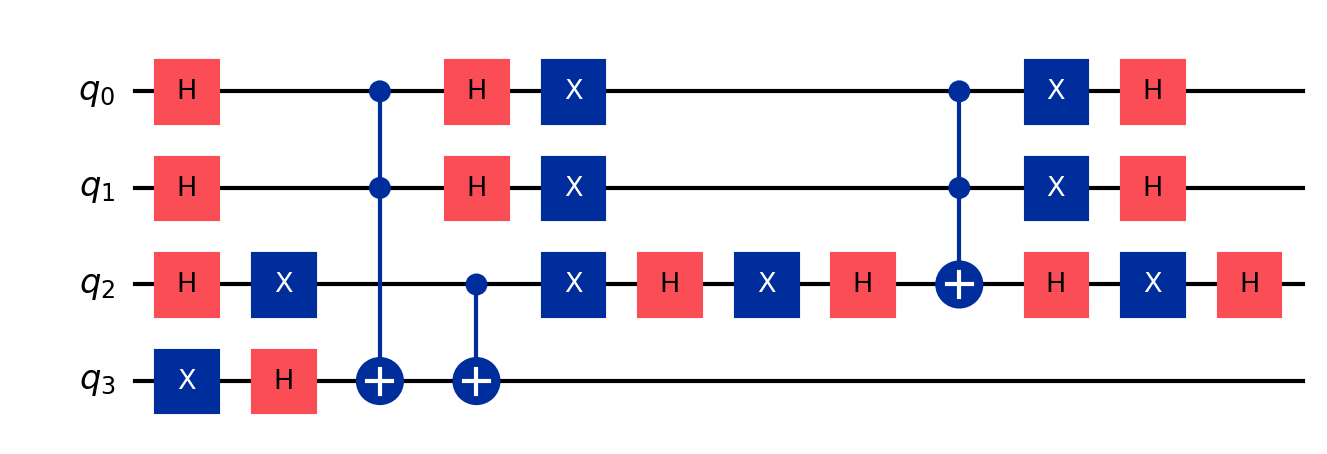
Description: Grover oracle for SHA-256 preimage search
描述: SHA-256前像搜索的Grover oracle
Category: btc_quantum_security (difficulty: advanced)
Qubits: 4, circuit depth: 12
Blockchain relevance: btc_security

Braket implementation:
from braket.circuits import Circuit
circuit = Circuit()
circuit.h(0).h(1).h(2)
circuit.x(3).h(3)
circuit.x(2)
circuit.ccnot(0, 1, 3).cnot(2, 3)
circuit.x(2)
circuit.h(0).h(1).h(2)
circuit.x(0).x(1).x(2)
circuit.h(2).ccnot(0, 1, 2).h(2)
circuit.x(0).x(1).x(2)
circuit.h(0).h(1).h(2)

Qiskit implementation:
from qiskit import QuantumCircuit
circuit = QuantumCircuit(4)
circuit.h(0).h(1).h(2)
circuit.x(3).h(3)
circuit.x(2)
circuit.ccx(0, 1, 3).cx(2, 3)
circuit.x(2)
circuit.h(0).h(1).h(2)
circuit.x(0).x(1).x(2)
circuit.h(2).ccx(0, 1, 2).h(2)
circuit.x(0).x(1).x(2)
circuit.h(0).h(1).h(2)